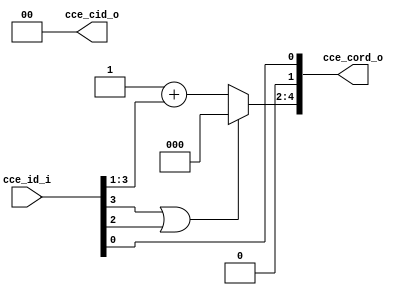
// This program was cloned from: https://github.com/NYU-MLDA/OpenABC
// License: BSD 3-Clause "New" or "Revised" License

module bp_me_cce_id_to_cord_05
(
  cce_id_i,
  cce_cord_o,
  cce_cid_o
);

  input [3:0] cce_id_i;
  output [4:0] cce_cord_o;
  output [1:0] cce_cid_o;
  wire [4:0] cce_cord_o;
  wire [1:0] cce_cid_o;
  wire N0,N1,cce_cord_o_0_,N2,N3,N4,N5,N6;
  assign cce_cord_o[1] = 1'b0;
  assign cce_cid_o[0] = 1'b0;
  assign cce_cid_o[1] = 1'b0;
  assign cce_cord_o_0_ = cce_id_i[0];
  assign cce_cord_o[0] = cce_cord_o_0_;
  assign { N5, N4, N3 } = 1'b1 + cce_id_i[3:1];
  assign cce_cord_o[4:2] = (N0)? { N5, N4, N3 } : 
                           (N1)? { 1'b0, 1'b0, 1'b0 } : 1'b0;
  assign N0 = N2;
  assign N1 = N6;
  assign N2 = ~N6;
  assign N6 = cce_id_i[3] | cce_id_i[2];

endmodule